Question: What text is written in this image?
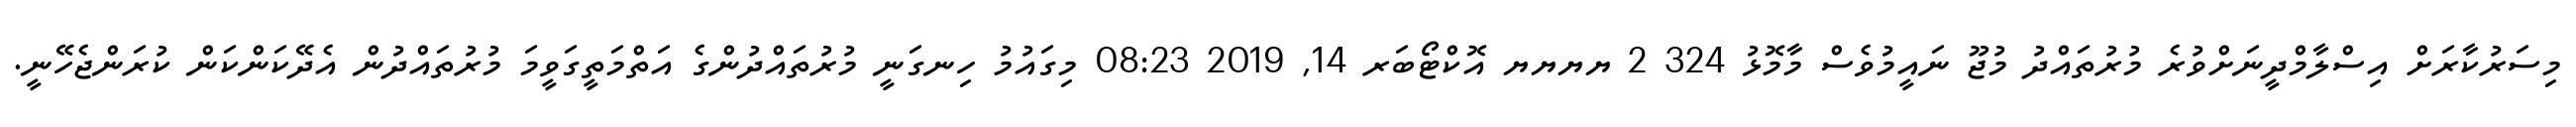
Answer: މިސަރުކާރަށް އިސްލާމްދީނަށްވުރެ މުރުތައްދު މުޖޫ ނައީމުވެސް މާމޮޅު 324 2 ޔޔޔޔ އޮކްޓޯބަރ 14, 2019 08:23 މިގައުމު ހިނގަނީ މުރުތައްދުންގެ އަތްމަތީގަވީމަ މުރުތައްދުން އެދޭކަންކަން ކުރަންޖެހޭނީ.